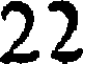
22